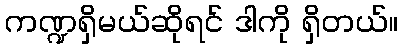
ကဏ္ဍရှိမယ်ဆိုရင် ဒါကို ရှိတယ်။